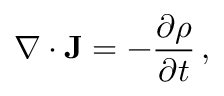
\nabla \cdot \mathbf { J } = - { \frac { \partial \rho } { \partial t } } \, ,